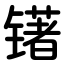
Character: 䦃